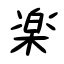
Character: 楽